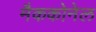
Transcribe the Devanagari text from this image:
मैककोनेल